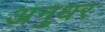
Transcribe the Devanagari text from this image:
अनुधर